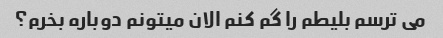
می ترسم بلیطم را گم کنم الان میتونم دوباره بخرم؟